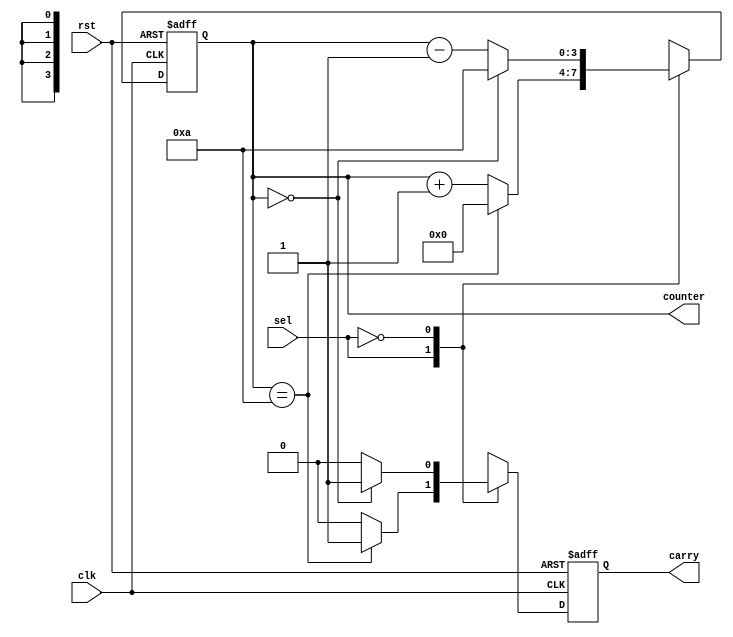
module counter_10(rst, clk, sel, counter, carry);
	 input rst;
	 input clk;
	 input sel;
	 output [3:0] counter;
	 output 			carry;
	 reg [3:0] 		counter;
	 reg 					carry;

	 always@(posedge clk or posedge rst)
		 if(rst)
			 counter <= 4'b0;
		 else
			 case(sel)
				 1:
					 if(counter == 4'd10)
						 counter <= 4'b0;
					 else
						 counter <= counter + 1'b1;
				 0:
					 if(counter == 4'd0)
						 counter <= 4'd10;
					 else
						 counter <= counter - 1'b1;
			 endcase // case (sel)

	 always@(posedge clk or posedge rst)
		 if(rst)
			 carry <= 1'b0;
		 else
			 case(sel)
				 1:
					 if(counter == 4'd10)
						 carry <= 1'b1;
					 else
						 carry <= 1'b0;
				 0:
					 if(counter == 4'b0)
						 carry <= 1'b1;
					 else
						 carry <= 1'b0;
			 endcase // case (sel)
endmodule // counter_10